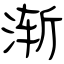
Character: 渐